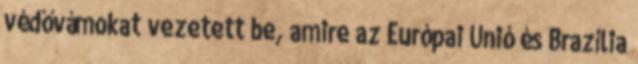
védővámokat vezetett be, amire az Európai Unió és Brazília